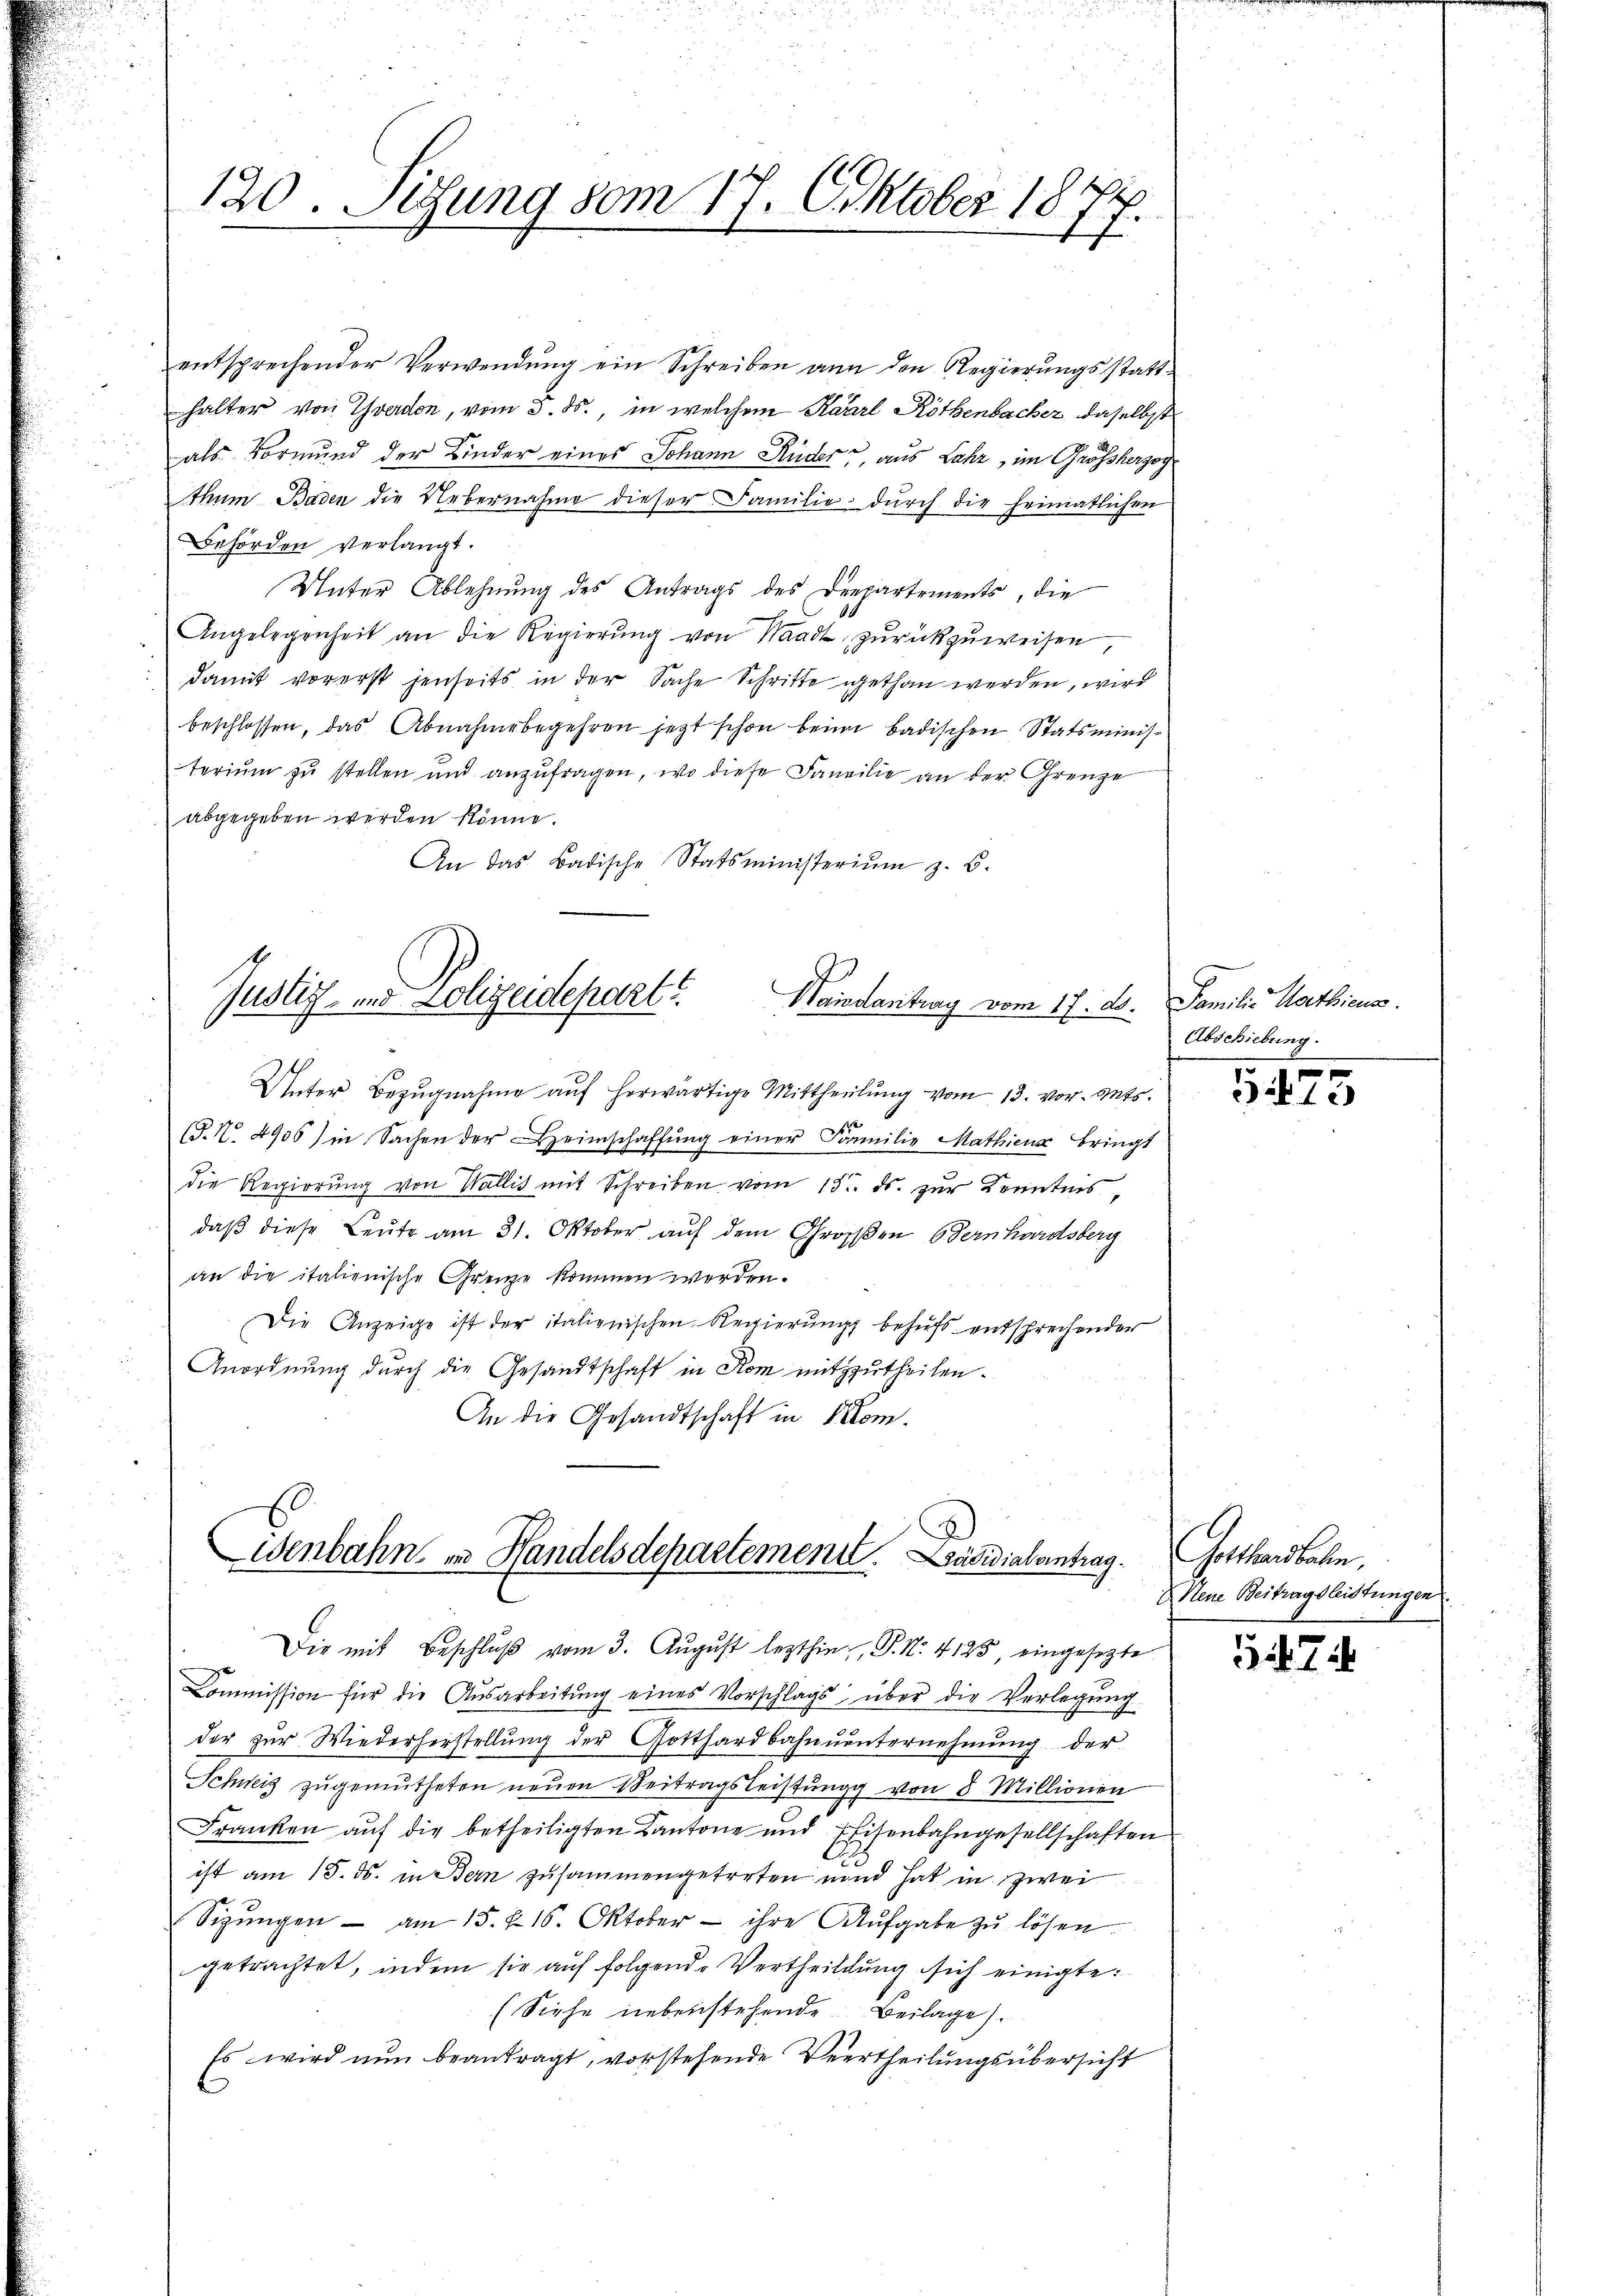
120. Sitzung vom 17. Oktober 1874.
.

entsprechender Verwendŭng ein Schreiben an den Regierŭngsstatt-
halter von Yverdon, vom 3. ds., in welchem Kaarl Röthenbacher daselbst
als Vormund der Kinder eines Johann Rüder, aus Lahr, im Grossherzog
thum Baden die Uebernahme dieser Familie dŭrch die heimatlichen
Behörden verlangt.
Unter Ablehnung des Antrags des Drepartements, die
Angelegenheit an die Regierŭng von Waadt zurückzuweisen,
damit vorerst jenseits in der Sache Schritte gethan werden, wird
beschlossen, das Abnahmebegehren jetzt schon beim badischen Statsministerium zu stellen und anzufragen, wo diese Familie an der Grenze
abgegeben werden könne.
An das Badische Statsministeriŭm z. B.

Justiz- und Lolizeidepart? Waidantrag vom 17. d. Familie Mathiens.

Unter Bezŭgnahme aŭf herwärtige Mittheilŭng vom 13. vor. Mts.
(§. N. 4906) in Sachen der Heimschaffŭng einer Familie Mathienz bringt
die Regierŭng von Wallis mit Schreiben vom 15. ds. zŭr Kenntnis,
daß diese Leute am 31. Oktober auf dem Großen Bernhardsberg
an die italienische Grenze kommen worden.
Die Anzeige ist der italienischen Regierŭng behufs entsprechender
Anordnung durch die Gesandtschaft in Rom mitzutheilen.
An die Gesandtschaft in Mom

.
Wenbahn in Handelsdepartement. Präsidialantrag.
Die mit Beschlŭβ vom 3. Aŭgŭst lezthin,, P. Nr. 4125, eingesetzte

Commission für die Ausarbeitŭng eines Vorschlags über die Verlegŭng
der zur Wiederherstellung der Gotthardbahnunternehmung der
Schweiz zŭgemŭtheten neŭen Beitragsleistŭng von 8 Millionen
Franken auf die betheiligten Kantone und Eisenbahngesellschaften
ist am 15. ds. in Bern zusammengetreten und hat in zwei
Sizungen - am 15. & 16. Oktober - ihre Aufgabe zu lösen.
getrachtet, indem sie auf folgende Vertheilung sich einigte.
(Siehe nebenstehende Beilage).
Es wird nun beantragt, vorstehende Vertheilungsübersicht

Abschiebung.

5475

Gothandeln,
 Neue Beitragsleistungen

34. 74